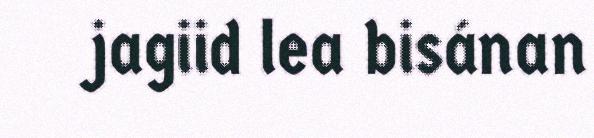
jagiid lea bisánan